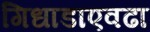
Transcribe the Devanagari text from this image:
गिधाडाएवढा